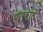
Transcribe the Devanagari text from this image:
थीप्वाल